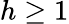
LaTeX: h\ge 1